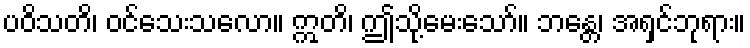
ပဝိသတိ၊ ဝင်သေးသလော။ ဣတိ၊ ဤသို့မေးသော်။ ဘန္တေ၊ အရှင်ဘုရား။